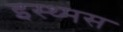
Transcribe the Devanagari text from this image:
इस्थ्मस